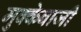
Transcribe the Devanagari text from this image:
मुक्‍केबाजी